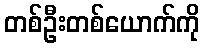
တစ်ဦးတစ်ယောက်ကို